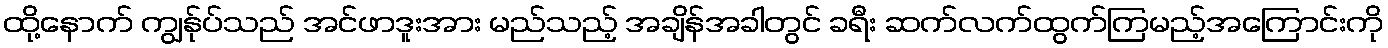
ထို့နောက် ကျွန်ုပ်သည် အင်ဖာဒူးအား မည်သည့် အချိန်အခါတွင် ခရီး ဆက်လက်ထွက်ကြမည့်အကြောင်းကို